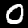
Label: 0